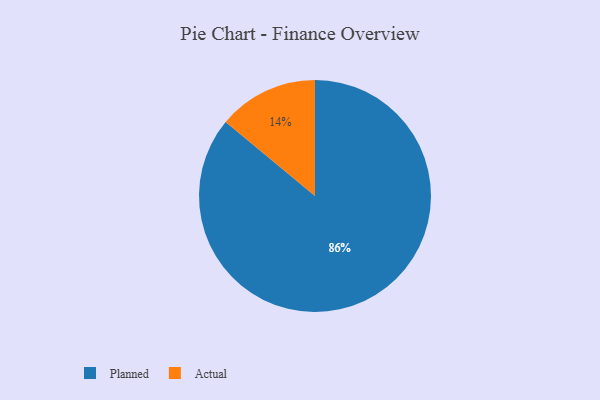
{"axis": {"x": "Category", "y": "Percentage"}, "legend": ["Actual", "Planned"], "data": [{"x": "Planned", "y": 86, "type": "Planned"}, {"x": "Actual", "y": 14, "type": "Actual"}]}